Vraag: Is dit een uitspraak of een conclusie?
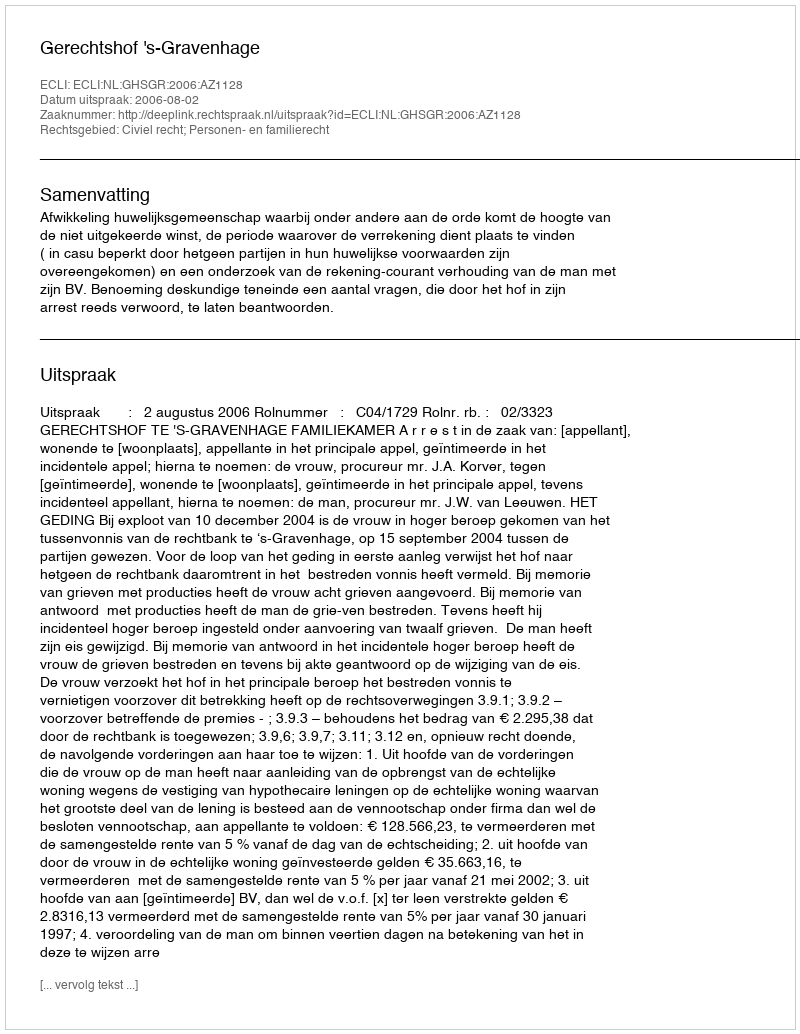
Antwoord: Uitspraak